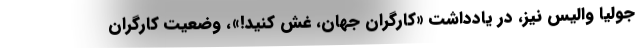
جولیا والیس نیز، در یادداشت «کارگران جهان، غش کنید!»، وضعیت کارگران